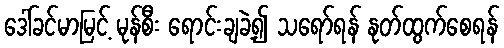
ဒေါ်ခင်မာမြင့် မုန်စီး ရောင်းချခဲ့၍ သရော်ရန် နုတ်ထွက်စေရန်